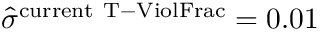
\widehat \sigma ^ { \mathrm { c u r r e n t \ T - V i o l F r a c } } = 0 . 0 1